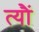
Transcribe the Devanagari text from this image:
त्यौं